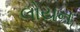
લોયન